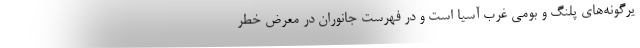
یرگونه‌های پلنگ و بومی غرب آسیا است و در فهرست جانوران در معرض خطر